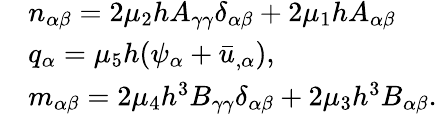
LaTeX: \begin{array}{rl}&{n_{\alpha\beta}=2\mu_{2}hA_{\gamma\gamma}\delta_{\alpha\beta}+2\mu_{1}hA_{\alpha\beta}}\\ &{q_{\alpha}=\mu_{5}h(\psi_{\alpha}+\bar{u}_{,\alpha}),}\\ &{m_{\alpha\beta}=2\mu_{4}h^{3}B_{\gamma\gamma}\delta_{\alpha\beta}+2\mu_{3}h^{3}B_{\alpha\beta}.}\end{array}